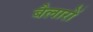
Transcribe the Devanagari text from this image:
बैलारों